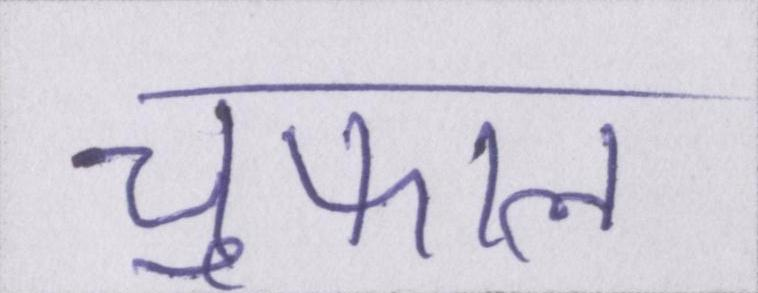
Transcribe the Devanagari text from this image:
चुफाल